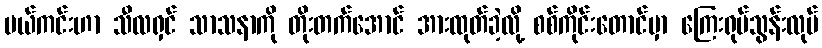
မယ်ကင်းဟာ သီလရှင် သာသနာကို တိုးတက်အောင် အားထုတ်ခဲ့လို့ စစ်ကိုင်းတောင်မှာ ကြေးရုပ်သွန်းလုပ်